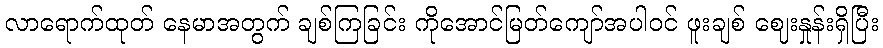
လာရောက်ထုတ် နေမာအတွက် ချစ်ကြခြင်း ကိုအောင်မြတ်ကျော်အပါဝင် ဖူးချစ် ဈေးနှုန်းရှိပြီး